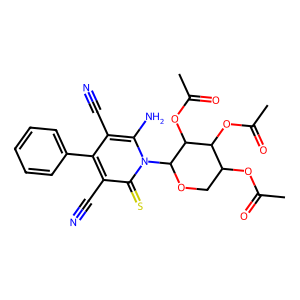
SMILES: CC(=O)OC1COC(n2c(N)c(C#N)c(-c3ccccc3)c(C#N)c2=S)C(OC(C)=O)C1OC(C)=O
Inhibits HIV replication: No